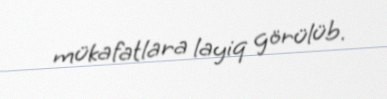
mükafatlara layiq görülüb.